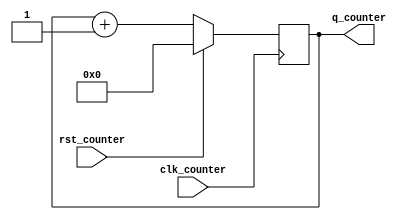
module counter(clk_counter, q_counter, rst_counter);

    input clk_counter;
    input rst_counter;
    output [7:0] q_counter;
    reg [7:0] q_counter;

    initial begin
      q_counter <= 0;
    end

    always @ (posedge clk_counter)
    begin
        if(rst_counter)
		q_counter <= 8'b00000000;
	else
		q_counter <= q_counter + 1;
    end

endmodule